Annual report of the Punjab Veterinary College and of the Civil Veterinary Department, Punjab - 1894-1908
Year: 1894
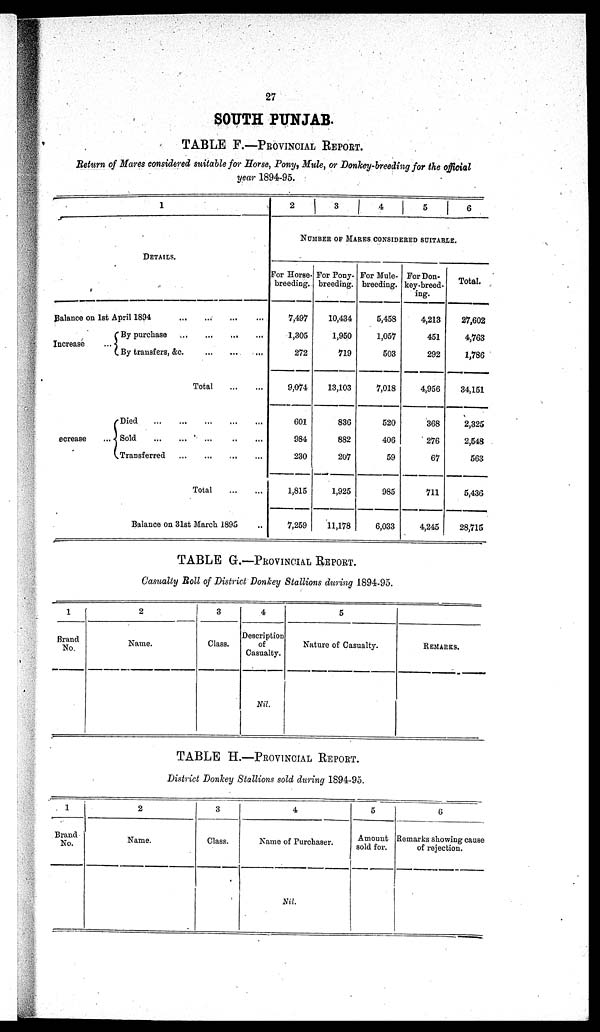
27
SOUTH PUNJAB.
TABLE F.––PROVINCIAL REPORT.
Return of Mares considered suitable for Horse, Pony, Mule, or Donkey-breeding for the official
year 1894-95.
1
DETAILS.
Balance on 1st April 1894
...
...
...
...
Increase ...
By purchase
...
...
...
...
By transfers, &c.
...
...
...
Total
...
...
Decrease...
Died
...
...
...
...
Sold
...
...
...
...
...
...
Transferred
...
...
...
...
Total
...
...
Balance on 31st March 1895 ...
2
3
4
5
6
NUMBER OF MARES CONSIDERED SUITABLE..
For Horse-
breeding.
7,497
1,305
272
9,074
601
984
230
1,815
7,259
For Pony-
breeding.
10,434
1,950
719
13,103
836
882
207
1,925
11,178
For Mule-
breeding.
5,458
1,057
503
7,018
520
406
59
985
6,033
For Don-
key-breed-
ing.
4,213
451
292
4,956
368
276
67
711
4,245
Total.
27,602
4,763
1,786
34,151
2,325
2,548
563
5,436
28,715
TABLE G.—PROVINCIAL REPORT.
Casualty Roll of District Donkey Stallions during 1894-95.
1
Brand
No.
2
Name.
3
Class.
4
Description
of
Casualty.
Nil.
5
Nature of Casualty.
REMARKS..
TABLE H.—PROVINCIAL REPORT.
District Donkey Stallions sold during 1894-95.
1
Brand
No.
2
Name.
3
Class.
4
Name of Purchaser.
Nil.
5
Amount
sold for.
6
Remarks showing cause
of rejection.